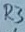
Text: R3